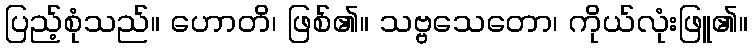
ပြည့်စုံသည်။ ဟောတိ၊ ဖြစ်၏။ သဗ္ဗသေတော၊ ကိုယ်လုံးဖြူ၏။